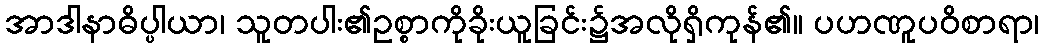
အာဒါနာဓိပ္ပါယာ၊ သူတပါး၏ဥစ္စာကိုခိုးယူခြင်း၌အလိုရှိကုန်၏။ ပဟဏူပဝိစာရာ၊